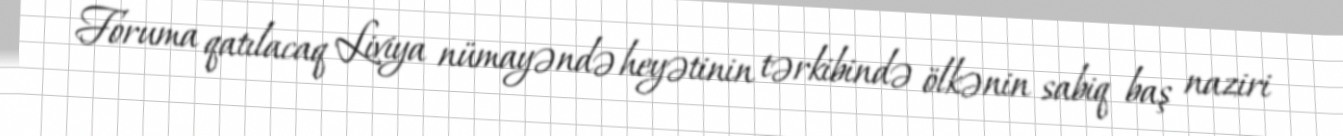
Foruma qatılacaq Liviya nümayəndə heyətinin tərkibində ölkənin sabiq baş naziri